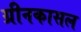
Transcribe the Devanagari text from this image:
ग्रीनकासल